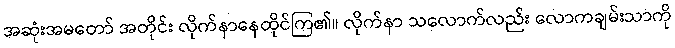
အဆုံးအမတော် အတိုင်း လိုက်နာနေထိုင်ကြ၏။ လိုက်နာ သလောက်လည်း လောကချမ်းသာကို